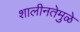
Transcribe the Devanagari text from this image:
शालीनतेमुळे